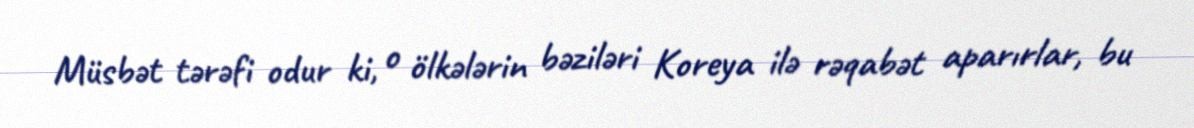
Müsbət tərəfi odur ki, o ölkələrin bəziləri Koreya ilə rəqabət aparırlar, bu